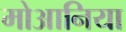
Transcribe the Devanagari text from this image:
मोआनिया